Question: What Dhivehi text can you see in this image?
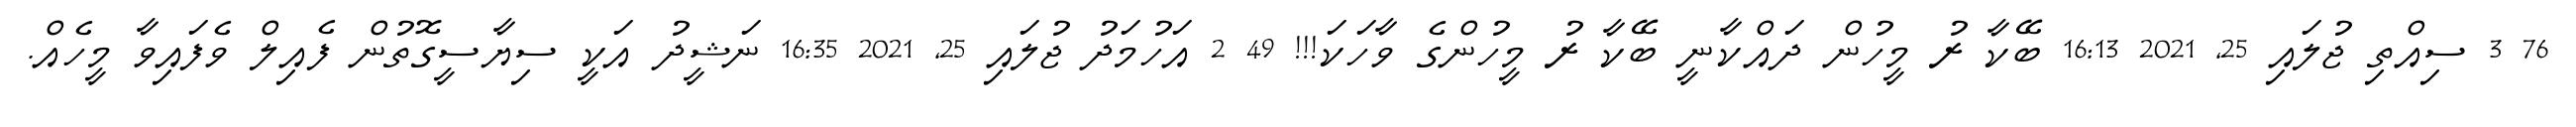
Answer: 76 3 ސިއްތި ޖުލައި 25, 2021 16:13 ބޭކާ ރު މީހުން ދައްކާނީ ބޭކާ ރު މީހުންގެ ވާހަކަ!!! 49 2 އަހުމަދު ޖުލައި 25, 2021 16:35 ނަޝީދު އަކީ ސިޔާސީގޮތުން ފެއިލް ވެފައިވާ މީހެއް.